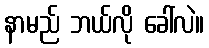
နာမည် ဘယ်လို ခေါ်လဲ။